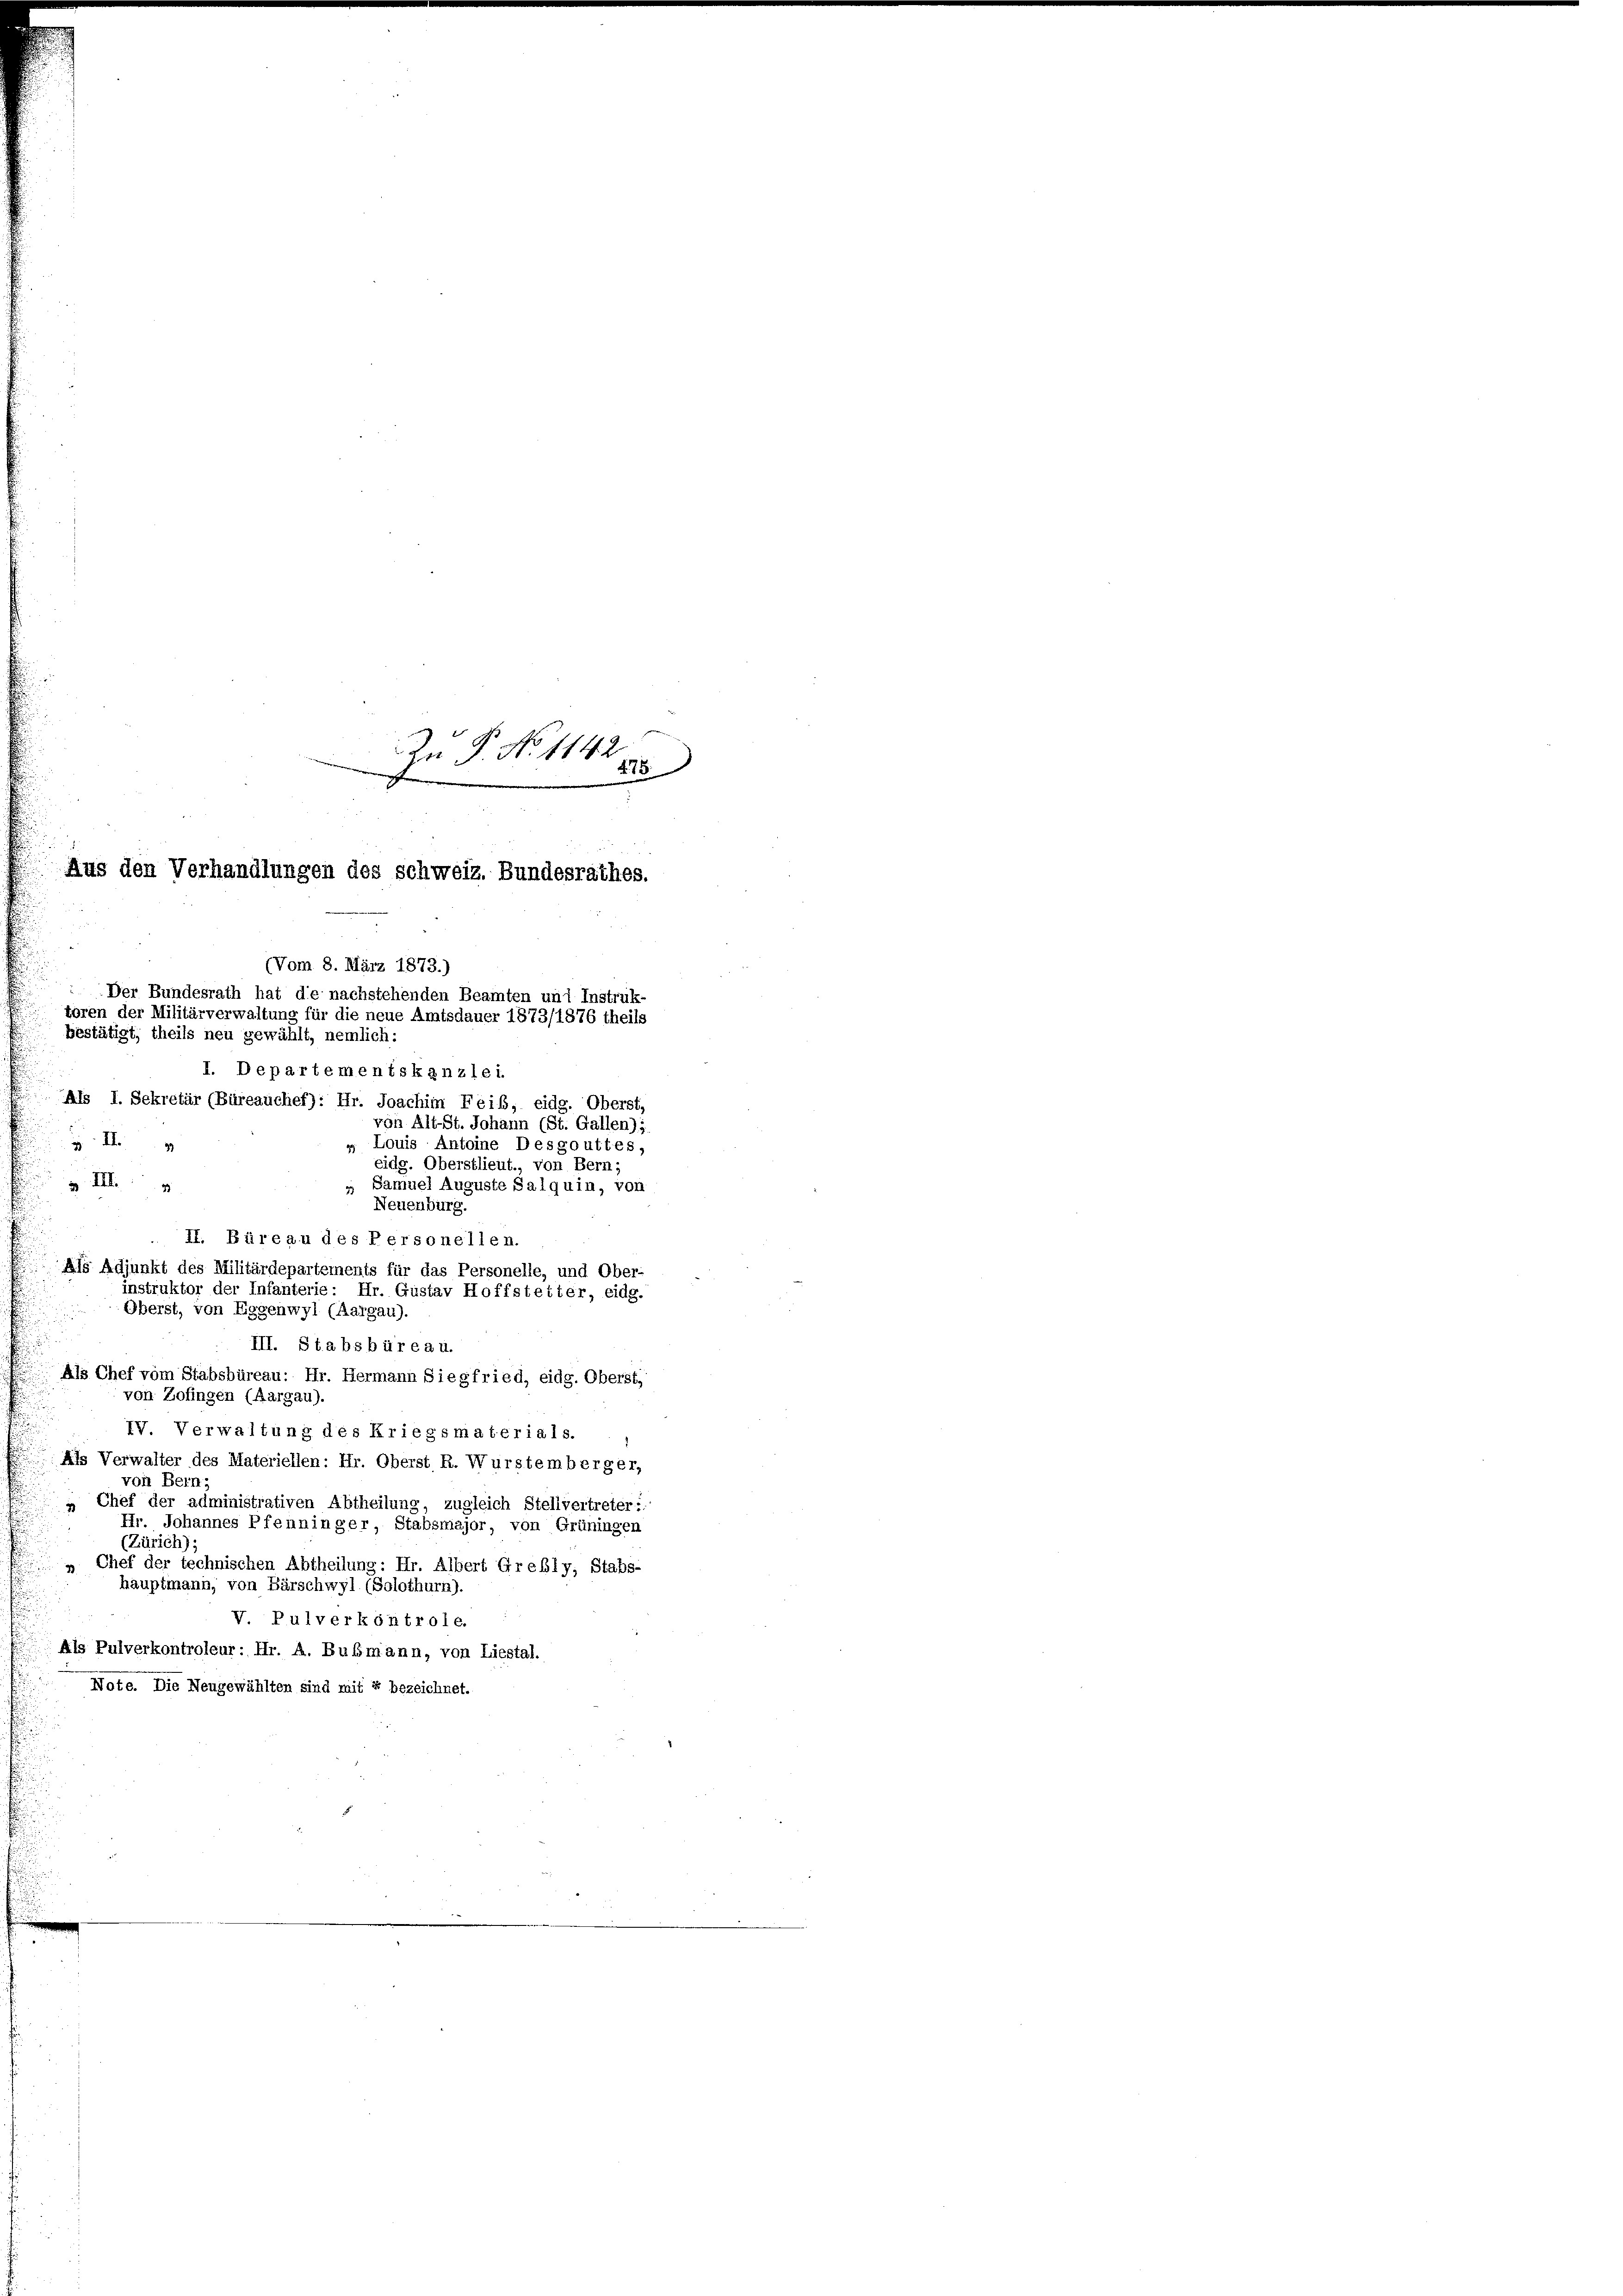
e
e

Aus den Verhandlungen des Schweiz. Bundesrathes.
(Vom 8. März 1873.)
 Der Bundesrath hat die nachstehenden Beamten und Instruk-
toren der Militärverwaltung für die neue Amtsdauer 1873/1876 theils
bestätigt, theils neu gewählt, nemlich:

In P. No. 1142
215

I. Departementskanzlei.
Als I. Sekretär (Büreauchef): Hr. Joachim Feib, eidg. Oberst,
von Alt-St. Johann (St. Gallen) i
I
„ Louis Antoine Desgouttes,
eidg. Oberstlieut., von Bern;
v III.
 Samuel Auguste Salquin, von
Neuenburg.
II. Büreau des Personellen.
Als Adjunkt des Militärdepartements für das Personelle, und Ober-
instruktor der Infanterie: Hr. Gustav Hoffstetter, eidg.
Oberst, von Eggenwyl (Aargau).
III. Stabsbüreau.
Als Chef vom Stabsbüreau: Hr. Hermann Siegfried, eidg. Oberst,
von Zofingen (Aargau).
IV. Verwaltung des Kriegsmaterials.
Als Verwalter des Materiellen: Hr. Oberst R. Wurstemberger,
von Bern:
„ Chef der administrativen Abtheilung, zugleich Stellvertreter:
Hr. Johannes Pfenninger, Stabsmajor, von Grüningen
(Zürich);
» Chef der technischen Abtheilung: Hr. Albert Grebly, Stabs-
hauptmann, von Bärschwyl (Solothurn).
V. Pulverkontrole.
Als Pulverkontroleur: Hr. A. Bubmann, von Liestal.
Note. Die Neugewählten sind mit 4 bezeichnet.